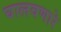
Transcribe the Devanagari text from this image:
घालवणारे